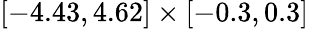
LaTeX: [-4.43,4.62]\times[-0.3,0.3]